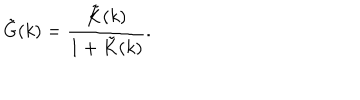
\tilde { G } ( k ) = \frac { \tilde { K } ( k ) } { 1 + \tilde { K } ( k ) } .